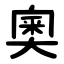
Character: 奧